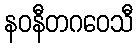
နဝနီတဂဝေသီ